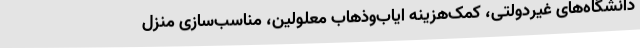
دانشگاه‌های غیردولتی، کمک‌هزینه ایاب‌وذهاب معلولین، مناسب‌سازی منزل